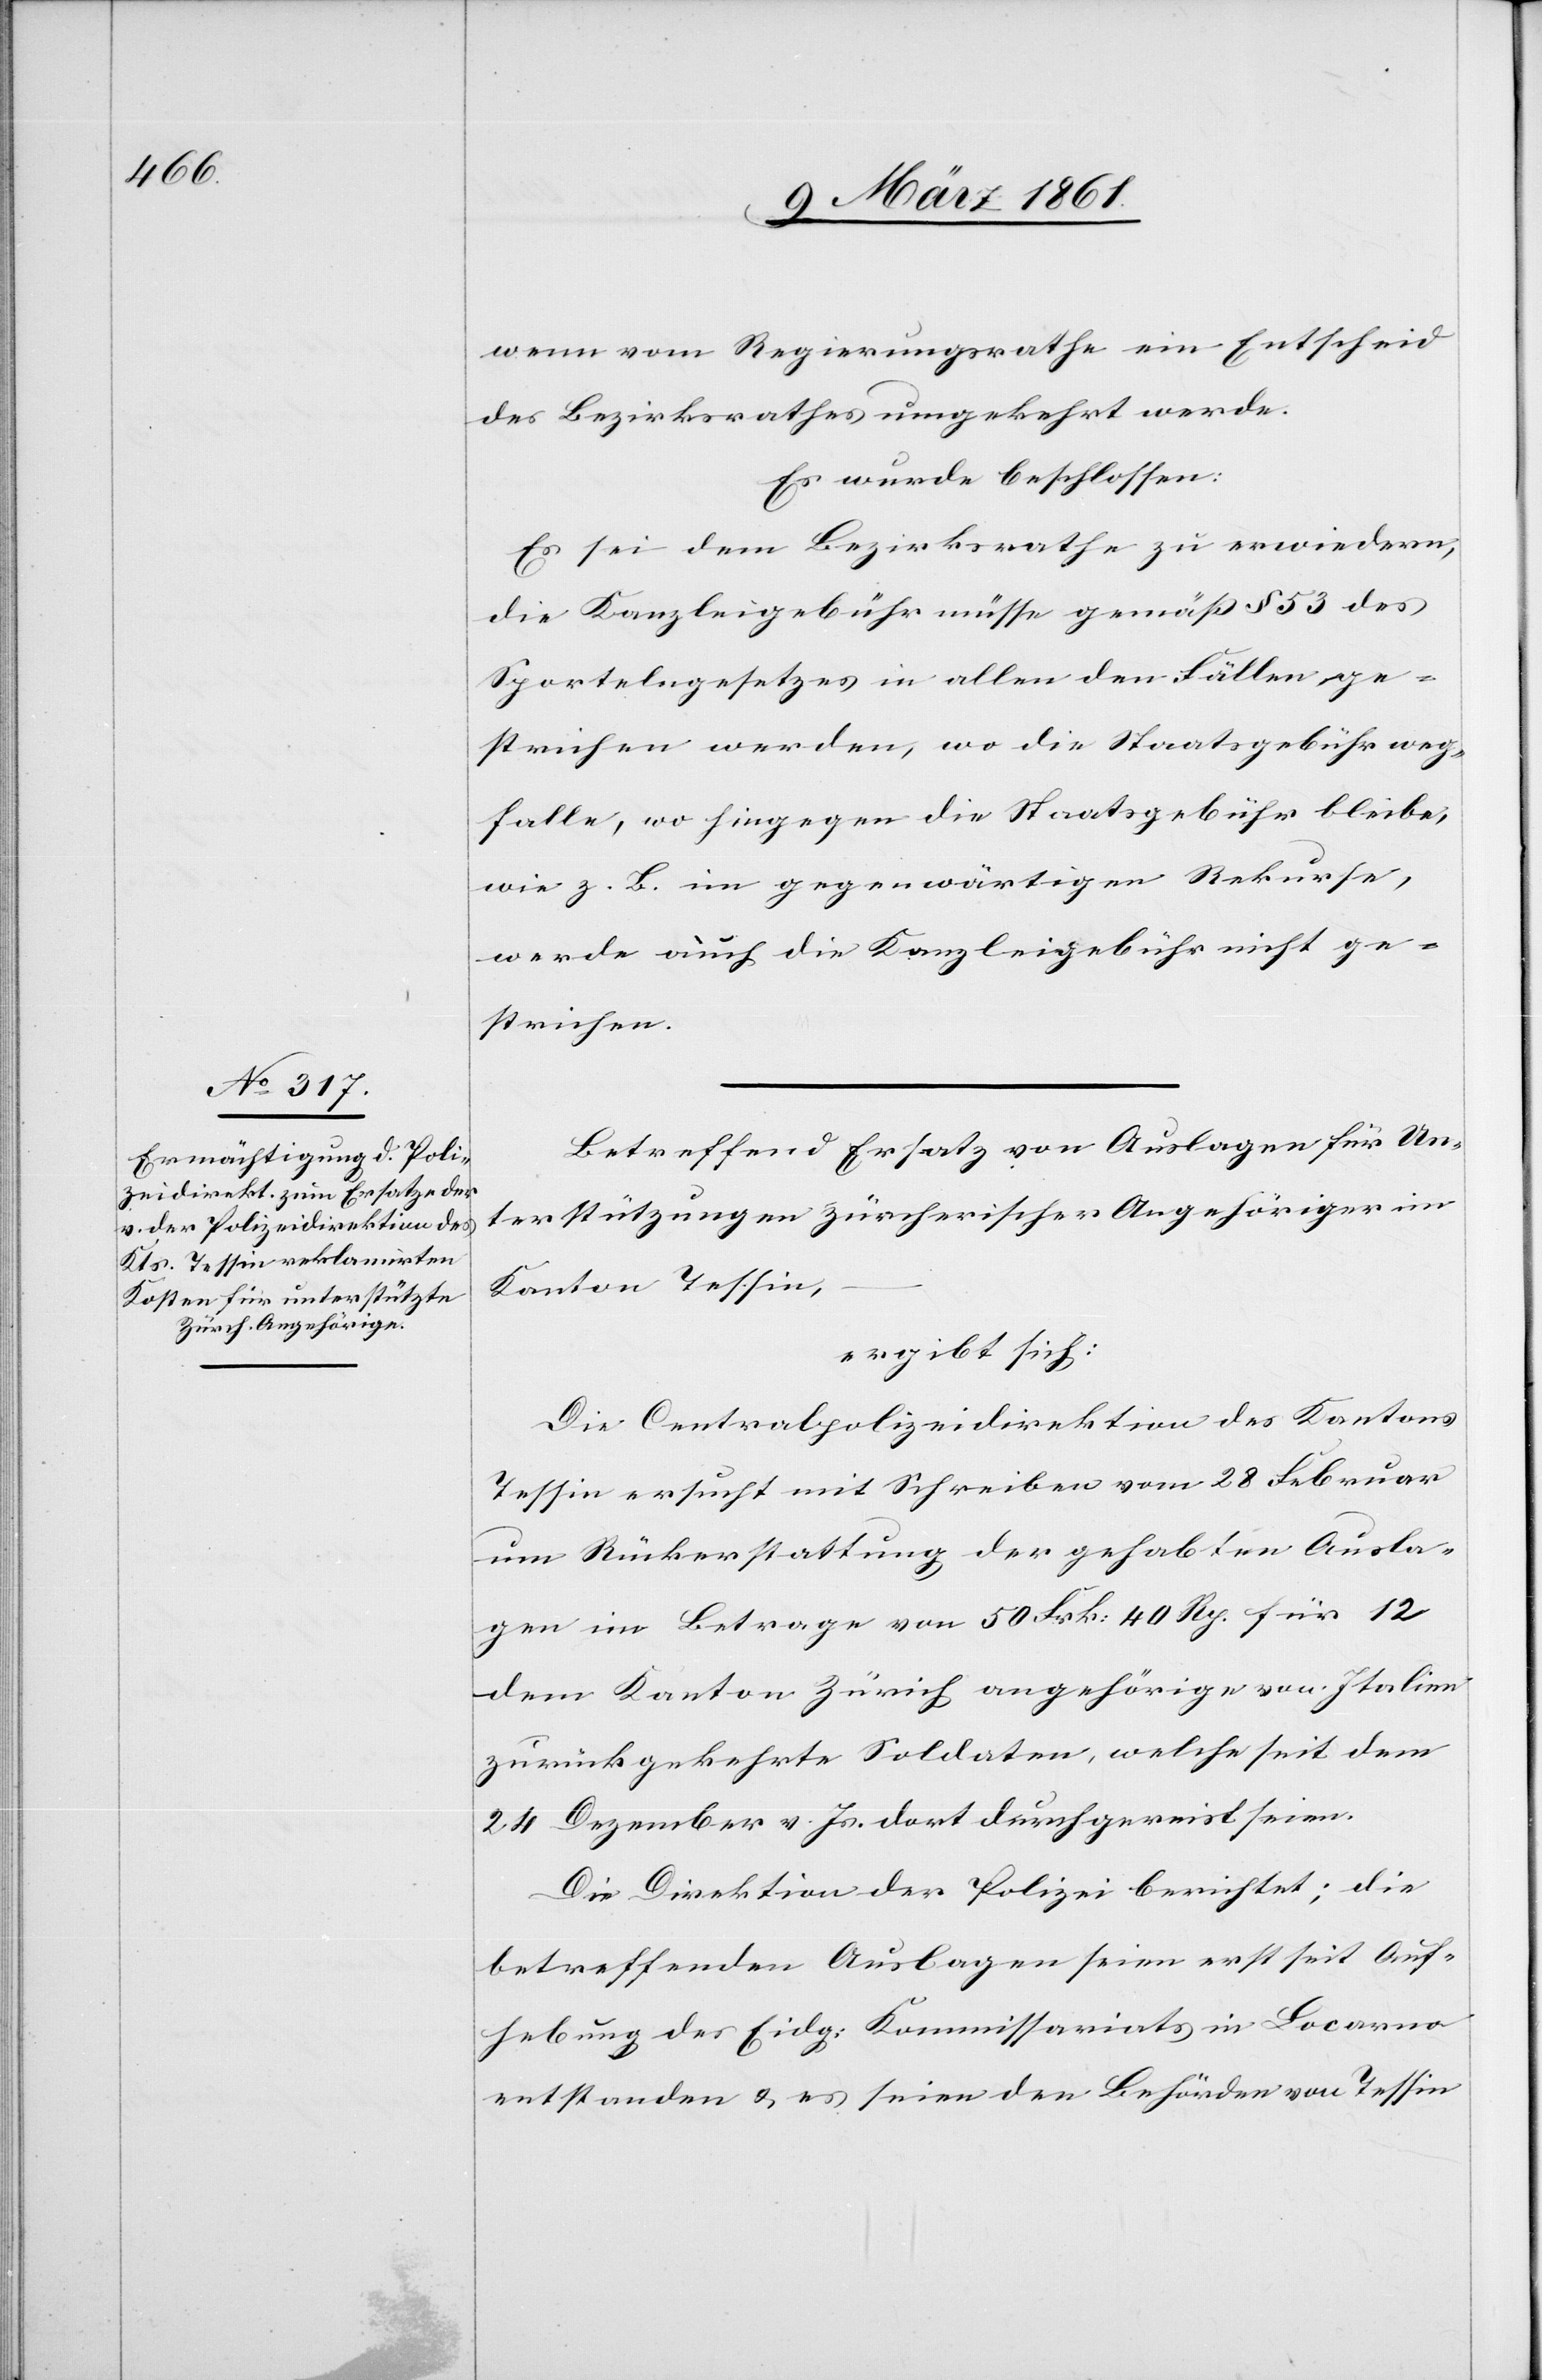
wenn vom Regierungsrathe ein Entscheid
des Bezirksrathes umgekehrt werde.
Es wurde beschlossen:
Es sei dem Bezirksrathe zu erwiedern,
die Kanzleigebühr müsse gemäss § 53 des
Sportelngesetzes in allen den Fällen ge¬
strichen werden, wo die Staatsgebühr weg¬
falle, wo hingegen die Staatsgebühr bleibe,
wie z. B. im gegenwärtigen Rekurse,
werde auch die Kanzleigebühr nicht ge¬
strichen.
Betreffend Ersatz von Auslagen für Un¬
terstützungen zürcherischer Angehöriger im
Kanton Tessin,
ergibt sich:
Die Centralpolizeidirektion des Kantons
Tessin ersucht mit Schreiben vom 28. Februar
um Rückerstattung der gehabten Ausla¬
gen im Betrage von 50 Frk. 40 Rp. für 12
dem Kanton Zürich angehörigen von Italien
zurückgekehrte Soldaten, welche seit dem
24. Dezember v. Js. dort durchgereist seien.
Die Direktion der Polizei berichtet: die
betreffenden Auslagen seien erst seit Auf¬
hebung des Eidg. Kommissariats in Locarno
entstanden u. es seien den Behörden von Tessin